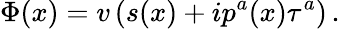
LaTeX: \Phi(x)=v\left(s(x)+ip^{a}(x)\tau^{a}\right)\, .